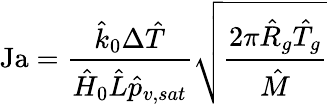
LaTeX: \mathrm{Ja}=\frac{\hat{k}_{0}\Delta\hat{T}}{\hat{H}_{0}\hat{L}\hat{p}_{v,sat}}\sqrt{\frac{2\pi\hat{R}_{g}\hat{T}_{g}}{\hat{M}}}